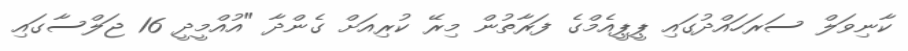
ކާނިވަލް ސަރަހައްދުގައި ޕީޕީއެމްގެ ފަރާތުން މިރޭ ކުރިއަށް ގެންދާ "އުއްމީދީ 16 ޖަލްސާގައި